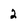
Character: 2